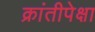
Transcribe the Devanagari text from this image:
क्रांतीपेक्षा